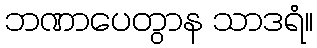
ဘဏာပေတွာန သာဒရံ။